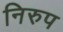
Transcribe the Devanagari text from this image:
निरुप